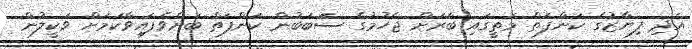
އަދި ފިޔާޒުގެ ކަންފަތް މަތީގައި ބާރަށް ޖެހުމުގެ ސަަބަބުން ކަންފަތް ބަށްވެފައިވާކަމަށް ވަކީލުން